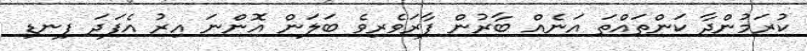
ކުރަމުންދާ ކަންތައްތަ އަނެއް ބާރުން ފާރަވެރިވެ ބަލަން އޮންނަ އިރު އެފަދަ ފިނޑި